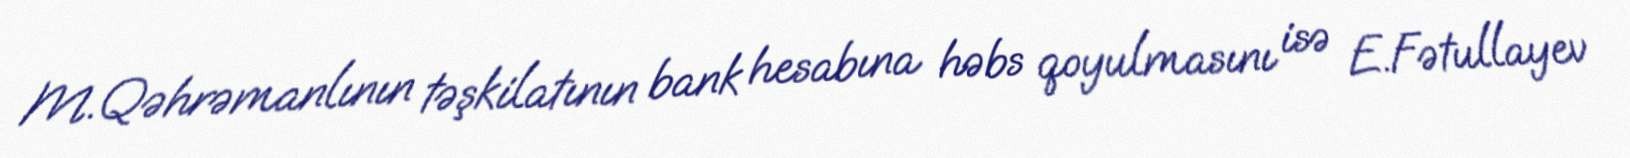
M.Qəhrəmanlının təşkilatının bank hesabına həbs qoyulmasını isə E.Fətullayev